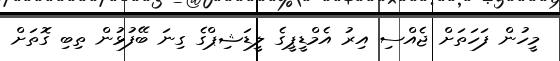
މީހުން ފަހަތަށް ޖެއްސި އިރު އެމްޑީޕީގެ ލީޑަޝިޕްގެ ގިނަ ބޭފުޅުން ތިބި ގޮތަށް